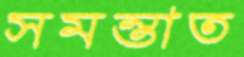
সমন্তাত